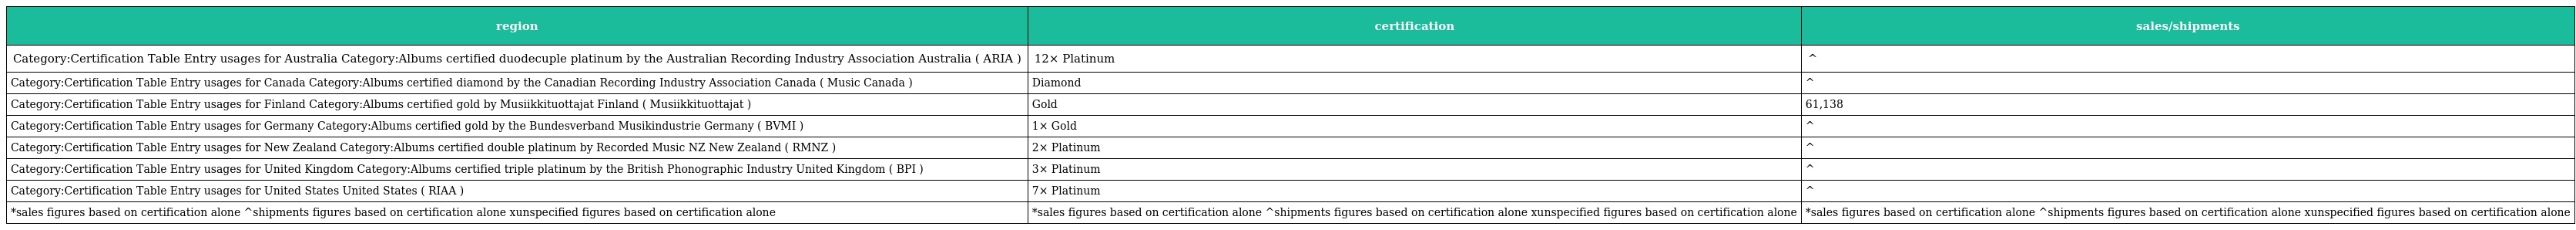
| region | certification | sales/shipments |
 | --- | --- | --- |
 | Category:Certification Table Entry usages for Australia Category:Albums certified duodecuple platinum by the Australian Recording Industry Association Australia ( ARIA ) | 12× Platinum | ^ |
 | Category:Certification Table Entry usages for Canada Category:Albums certified diamond by the Canadian Recording Industry Association Canada ( Music Canada ) | Diamond | ^ |
 | Category:Certification Table Entry usages for Finland Category:Albums certified gold by Musiikkituottajat Finland ( Musiikkituottajat ) | Gold | 61,138 |
 | Category:Certification Table Entry usages for Germany Category:Albums certified gold by the Bundesverband Musikindustrie Germany ( BVMI ) | 1× Gold | ^ |
 | Category:Certification Table Entry usages for New Zealand Category:Albums certified double platinum by Recorded Music NZ New Zealand ( RMNZ ) | 2× Platinum | ^ |
 | Category:Certification Table Entry usages for United Kingdom Category:Albums certified triple platinum by the British Phonographic Industry United Kingdom ( BPI ) | 3× Platinum | ^ |
 | Category:Certification Table Entry usages for United States United States ( RIAA ) | 7× Platinum | ^ |
 | *sales figures based on certification alone ^shipments figures based on certification alone xunspecified figures based on certification alone | *sales figures based on certification alone ^shipments figures based on certification alone xunspecified figures based on certification alone | *sales figures based on certification alone ^shipments figures based on certification alone xunspecified figures based on certification alone |